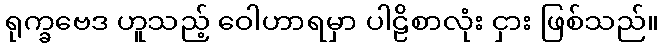
ရုက္ခဗေဒ ဟူသည့် ဝေါဟာရမှာ ပါဠိစာလုံး ငှား ဖြစ်သည်။